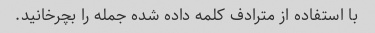
با استفاده از مترادف کلمه داده شده جمله را بچرخانید.